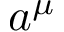
a ^ { \mu }